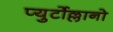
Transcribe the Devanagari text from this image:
प्युर्टोल्लानो